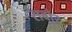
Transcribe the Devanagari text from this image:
सबोर